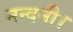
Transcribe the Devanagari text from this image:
नन्दनी।